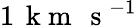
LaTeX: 1\, \mathrm{~k~m~}\, \mathrm{~s~}^{-1}